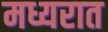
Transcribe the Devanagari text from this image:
मध्यरात